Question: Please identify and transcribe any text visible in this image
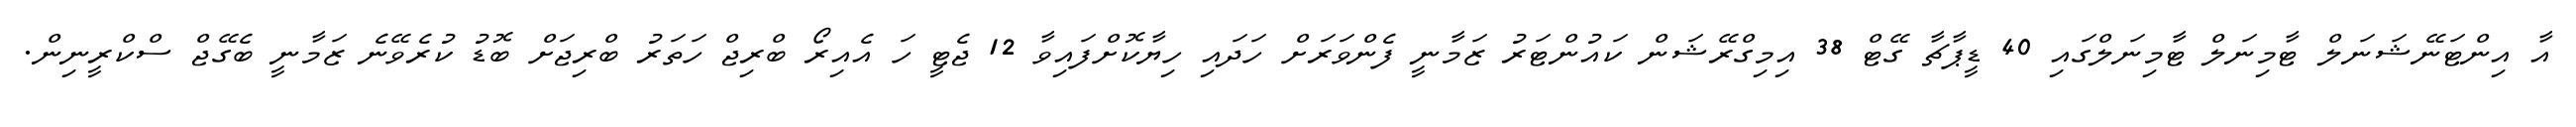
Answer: އާ އިންޓަނޭޝަނަލް ޓާމިނަލް ޓާމިނަލްގައި 40 ޑީޕާޗާ ގޭޓް 38 އިމިގްރޭޝަން ކައުންޓަރު ޒަމާނީ ފެންވަރަށް ހަދައި ހިޔާކޮށްފައިވާ 12 ޖެޓީ ހަ އެއިރޯ ބްރިޖް ހަތަރު ބްރިޖަށް ބޮޑު ކުރެވޭނެ ޒަމާނީ ބެގޭޖް ސްކްރީނިން.